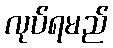
လုပ်ရမည်